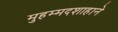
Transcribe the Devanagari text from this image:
मुहम्मदशाहाने